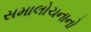
સમાલોચનાનો